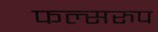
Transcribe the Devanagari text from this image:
फल्सरुप